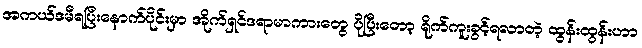
အကယ်ဒမီရပြီးနောက်ပိုင်းမှာ အိုက်ရှင်ဒရာမာကားတွေ ပိုပြီးတော့ ရိုက်ကူးခွင့်ရလာတဲ့ ထွန်းထွန်းဟာ